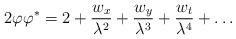
LaTeX: \begin{align*}2 \varphi \varphi^* =2 + \frac{w_x}{\lambda^2} +\frac{w_y}{\lambda^3} + \frac{w_t}{\lambda^4} + \dots\end{align*}